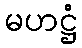
မဟဋ္ဌံ